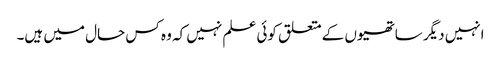
انہیں دیگر ساتھیوں کے متعلق کوئی علم نہیں کہ وہ کس حال میں ہیں۔